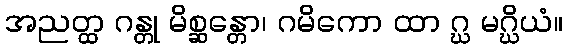
အညတ္ထ ဂန္တု မိစ္ဆန္တော၊ ဂမိကော ထာ ဂ္ဃ မဂ္ဃိယံ။